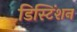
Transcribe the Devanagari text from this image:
डिस्टिंशन